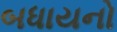
બધાયનો